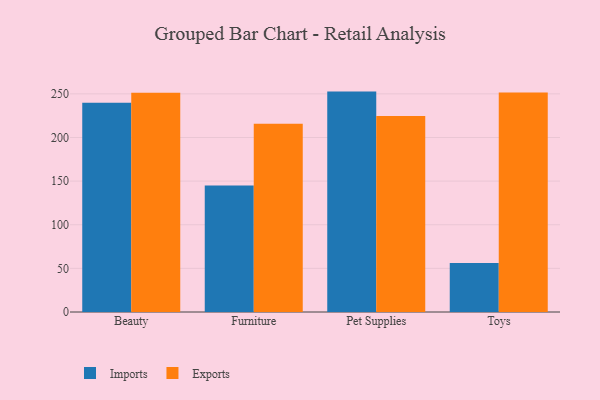
{"axis": {"x": "Category", "y": "Conversion Rate (%)"}, "legend": ["Exports", "Imports"], "data": [{"x": "Beauty", "y": 239.8, "type": "Imports"}, {"x": "Beauty", "y": 251.2, "type": "Exports"}, {"x": "Furniture", "y": 145.0, "type": "Imports"}, {"x": "Furniture", "y": 215.7, "type": "Exports"}, {"x": "Pet Supplies", "y": 252.6, "type": "Imports"}, {"x": "Pet Supplies", "y": 224.6, "type": "Exports"}, {"x": "Toys", "y": 56.3, "type": "Imports"}, {"x": "Toys", "y": 251.5, "type": "Exports"}]}